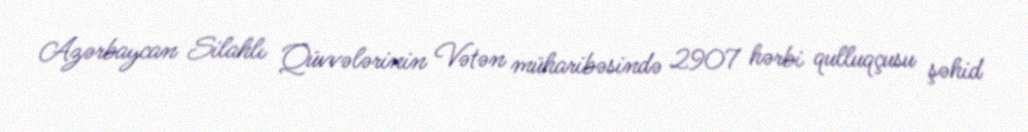
Azərbaycan Silahlı Qüvvələrinin Vətən müharibəsində 2907 hərbi qulluqçusu şəhid